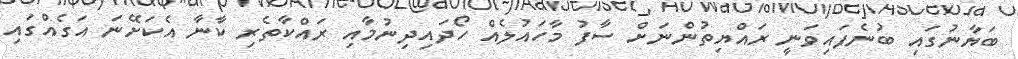
ބަޔާނުގައި ބުނެފައިވަނީ ރައްޔިތުންނަށް ސާފު މާހައުލެއް ހޯދައިދިނުމާއި ރައްކާތެރި ކާނާ އެކަށޭނަ އަގެއްގައި